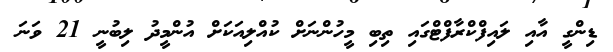
ޑިންގީ އާއި ލައިފްކްރާފްޓްގައި ތިބި މީހުންނަށް ކުއްލިއަކަށް އުންމީދު ލިބުނީ 21 ވަނަ